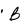
Character: B